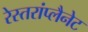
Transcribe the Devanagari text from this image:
रेस्तरांप्लैनेट